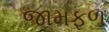
જામફળ